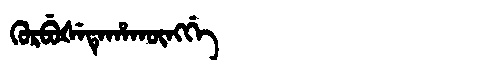
Manchu: ᡴᡠᡵᠪᡠᡧᡝᡨᡝᡥᠠᡴᡡᠩᡤᡝ
Romanization: KURBUŠETEHAKŪNGGE